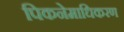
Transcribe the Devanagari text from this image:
पिकनेमाधिकरण